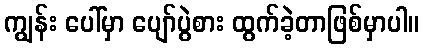
ကျွန်း ပေါ်မှာ ပျော်ပွဲစား ထွက်ခဲ့တာဖြစ်မှာပါ။